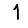
Digit: 1